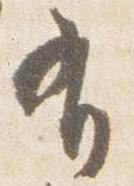
有